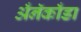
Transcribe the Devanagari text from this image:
अँनॅकाँडा